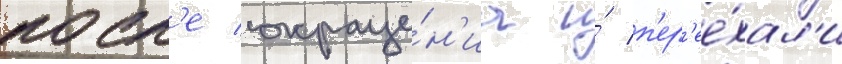
посл'е сокраще́н'иа и́ п'ер'ее́хал'и